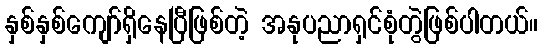
နှစ်နှစ်ကျော်ရှိနေပြီဖြစ်တဲ့ အနုပညာရှင်စုံတွဲဖြစ်ပါတယ်။